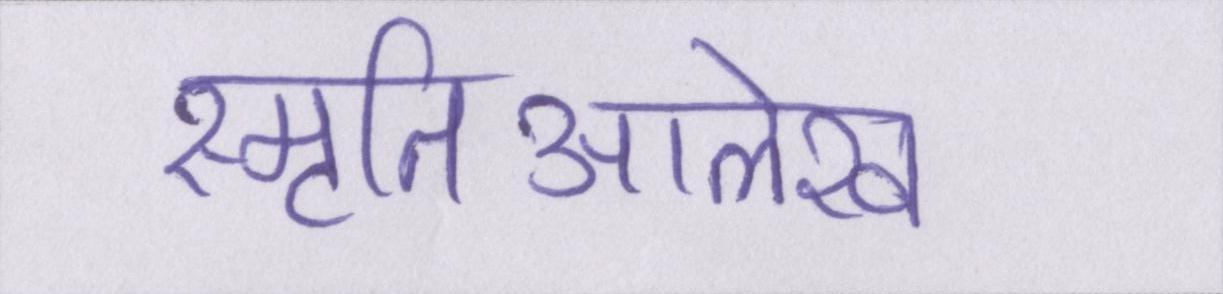
स्मृतिआलेख